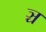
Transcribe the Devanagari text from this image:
ञ्च